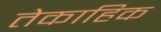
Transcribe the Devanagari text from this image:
तेकाहिक